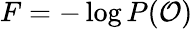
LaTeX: F=-\log P(\mathcal{O})